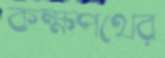
কক্ষপথের